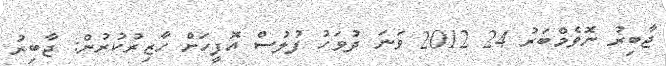
ޖާބިރު ނޮވެމްބަރު 24 2012 ވަނަ ދުވަހު ފުލުސް އޮފީހަށް ހާޒިރުކުރުން: ޖާބިރު